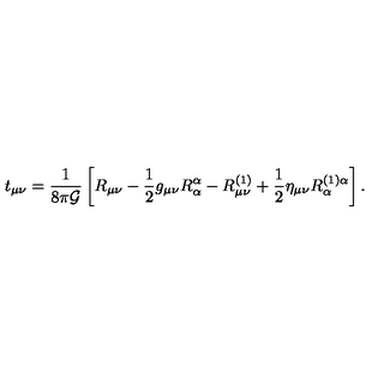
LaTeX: t _ { \mu \nu } = \frac { 1 } { 8 \pi { \cal G } } \left[ R _ { \mu \nu } - \frac { 1 } { 2 } g _ { \mu \nu } R _ { \alpha } ^ { \alpha } - R _ { \mu \nu } ^ { ( 1 ) } + \frac { 1 } { 2 } \eta _ { \mu \nu } R _ { \alpha } ^ { ( 1 ) \alpha } \right] .